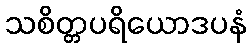
သစိတ္တပရိယောဒပနံ